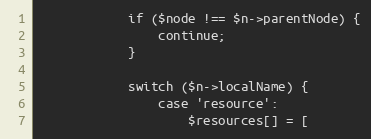
Language: PHP
            if ($node !== $n->parentNode) {
                continue;
            }

            switch ($n->localName) {
                case 'resource':
                    $resources[] = [